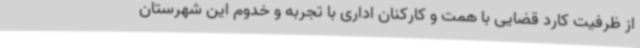
از ظرفیت کارد قضایی با همت و کارکنان اداری با تجربه و خدوم این شهرستان